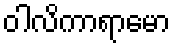
ဝါလိကာရာမော